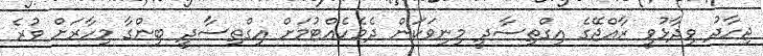
ޖިހާދު ވިދާޅުވީ ރާއްޖޭގެ އިގްތިސާދީ މިނިވަކަން ދެމެހެއްޓުމަށް އިގްތިސާދީ ބިންގާ މިހާރަށް ވުރެ